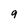
Character: q